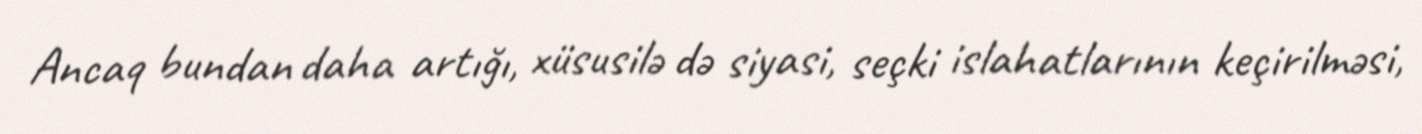
Ancaq bundan daha artığı, xüsusilə də siyasi, seçki islahatlarının keçirilməsi,